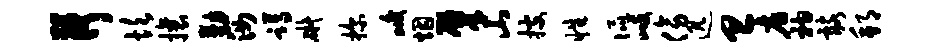
荷坎攘勤汝蹲碍探峻烟肇山搜性侃歧傍迅旦店衲髂邦